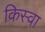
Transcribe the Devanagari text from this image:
किस्वा